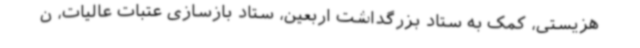
هزیستی، کمک به ستاد بزرگداشت اربعین، ستاد بازسازی عتبات عالیات، ن